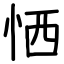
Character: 恓